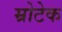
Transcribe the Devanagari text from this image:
म्रोटेक